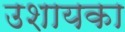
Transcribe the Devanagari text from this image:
उशायका